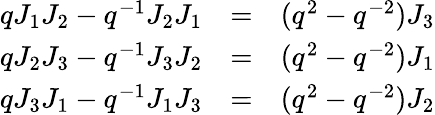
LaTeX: \begin{array}{lcr}{{qJ_{1}J_{2}-q^{-1}J_{2}J_{1}}}&{{=}}&{{(q^{2}-q^{-2})J_{3}}}\\ {{qJ_{2}J_{3}-q^{-1}J_{3}J_{2}}}&{{=}}&{{(q^{2}-q^{-2})J_{1}}}\\ {{qJ_{3}J_{1}-q^{-1}J_{1}J_{3}}}&{{=}}&{{(q^{2}-q^{-2})J_{2}}}\end{array}